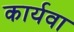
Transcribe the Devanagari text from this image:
कार्यवा